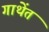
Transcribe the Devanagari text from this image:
गाथेंत